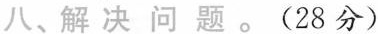
八、解决问题。(28分)